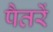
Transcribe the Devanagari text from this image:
पैतरें